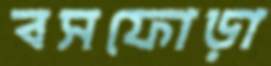
বসফোড়া